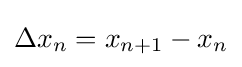
{\textstyle \Delta x_{n}=x_{n+1}-x_{n}}